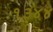
૧૩૪૪